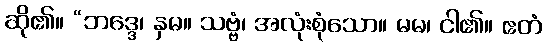
ဆို၏။ “ဘဒ္ဒေ၊ နှမ။ သဗ္ဗံ၊ အလုံးစုံသော။ မမ၊ ငါ၏။ ဧတံ